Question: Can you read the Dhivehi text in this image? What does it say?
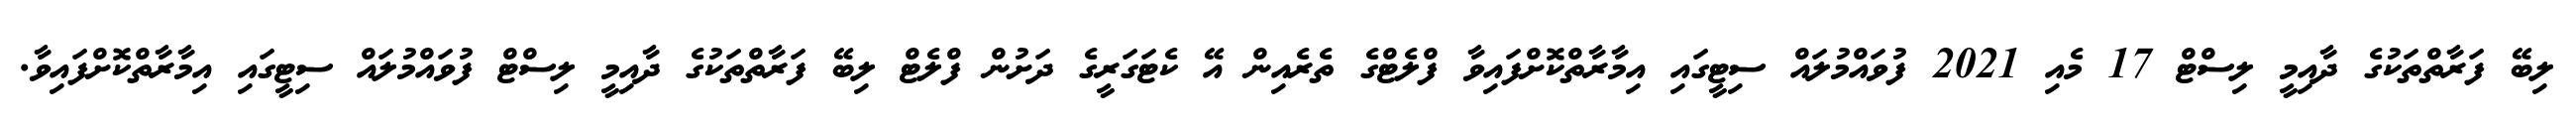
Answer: ލިބޭ ފަރާތްތަކުގެ ދާއިމީ ލިސްޓް 17 މެއި 2021 ފުވައްމުލައް ސިޓީގައި އިމާރާތްކޮށްފައިވާ ފްލެޓްގެ ތެރެއިން އޭ ކެޓަގަރީގެ ދަށުން ފްލެޓް ލިބޭ ފަރާތްތަކުގެ ދާއިމީ ލިސްޓް ފުވައްމުލައް ސިޓީގައި އިމާރާތްކޮށްފައިވާ.